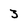
Character: 3